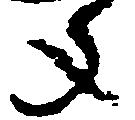
年